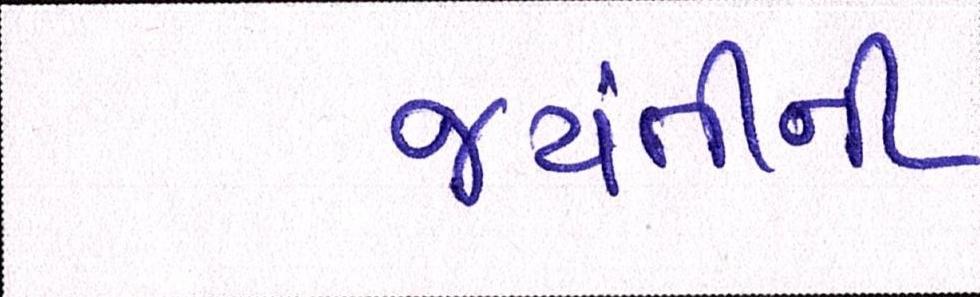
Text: જયંતીની